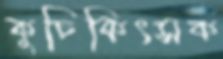
কুচিকিৎসক